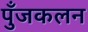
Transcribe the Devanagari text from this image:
पुँजकलन